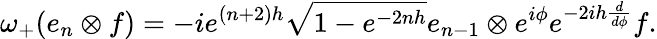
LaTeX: \omega_{+}(e_{n}\otimes f)=-ie^{(n+2)h}\sqrt{1-e^{-2nh}}e_{n-1}\otimes e^{i\phi}e^{-2ih\frac{d}{d\phi}}f.